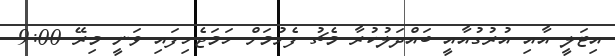
އިޓަލީ އާއި އުރުގުއާއީ ބައްދަލުކުރާ މެޗު ފެށުމަށް ހަމަޖެހިފައި ވަނީ މިރޭ 9:00